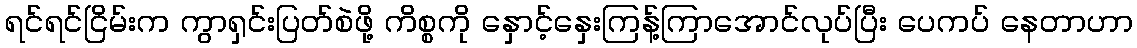
ရင်ရင်ငြိမ်းက ကွာရှင်းပြတ်စဲဖို့ ကိစ္စကို နှောင့်နှေးကြန့်ကြာအောင်လုပ်ပြီး ပေကပ် နေတာဟာ